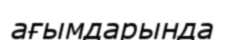
ағымдарында